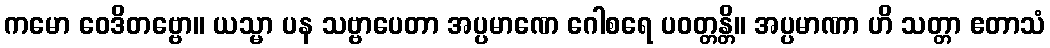
ကမော ဝေဒိတဗ္ဗော။ ယသ္မာ ပန သဗ္ဗာပေတာ အပ္ပမာဏေ ဂေါစရေ ပဝတ္တန္တိ။ အပ္ပမာဏာ ဟိ သတ္တာ ဧတာသံ